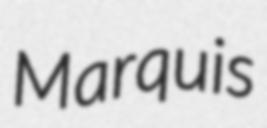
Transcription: Marquis